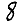
Digit: 8